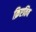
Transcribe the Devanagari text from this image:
क्रिएतिव